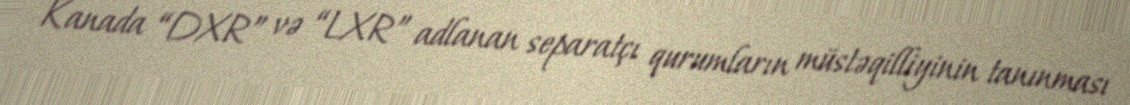
Kanada “DXR” və “LXR” adlanan separatçı qurumların müstəqilliyinin tanınması